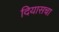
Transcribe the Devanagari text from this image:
दियासचा